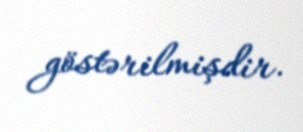
göstərilmişdir.